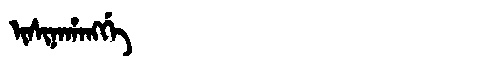
Manchu: ᡳᠰᡳᠨᠠᡥᠠᠩᡤᡝ
Romanization: ISINAHANGGE